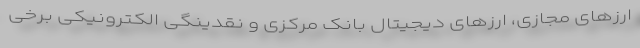
ارزهای مجازی، ارزهای دیجیتال بانک مرکزی و نقدینگی الکترونیکی برخی